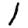
Digit: 1